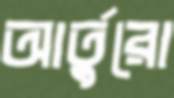
আর্তুরো